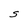
Character: S